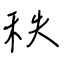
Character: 秩